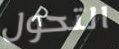
التحول